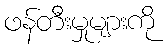
ဖန်တီးမှုများကို